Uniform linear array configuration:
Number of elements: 64
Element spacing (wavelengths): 1
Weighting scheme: hamming
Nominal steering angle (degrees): -60
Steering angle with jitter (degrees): -59.609
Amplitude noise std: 0.05
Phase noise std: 0.05

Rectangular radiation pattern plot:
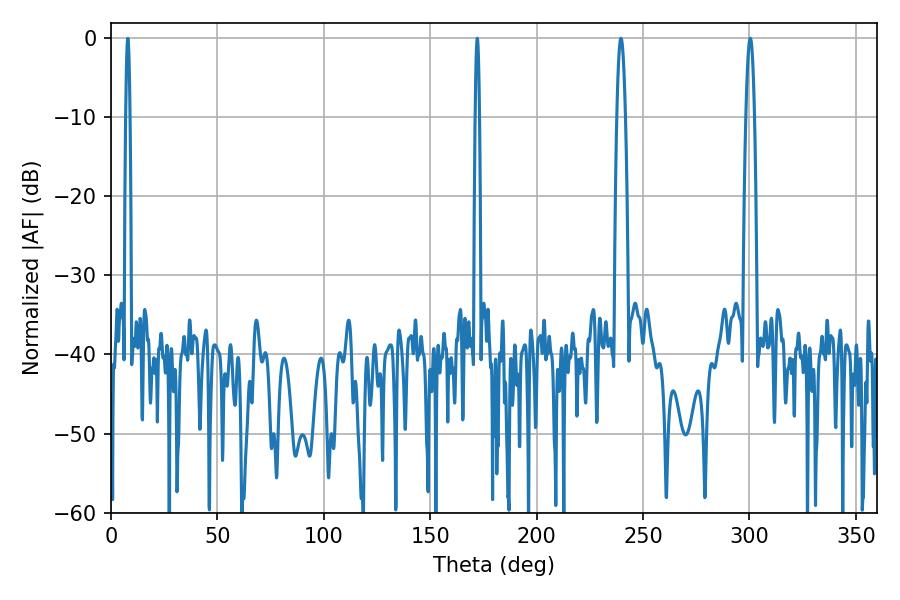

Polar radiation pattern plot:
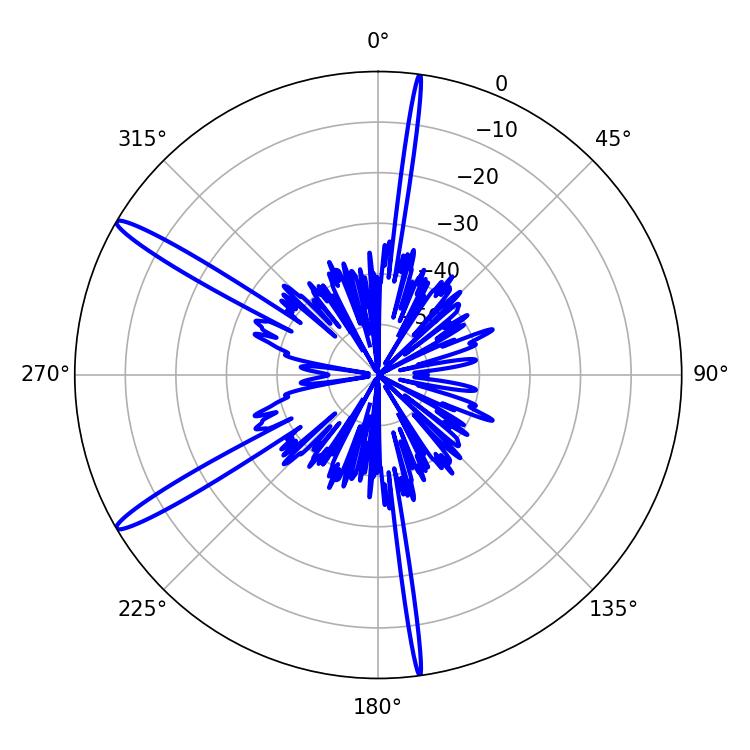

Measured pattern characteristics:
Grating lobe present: TRUE
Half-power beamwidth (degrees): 2.16
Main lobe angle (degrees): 239.58